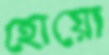
হোয়ো